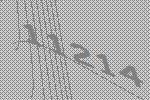
11214